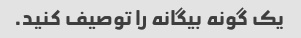
یک گونه بیگانه را توصیف کنید.